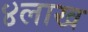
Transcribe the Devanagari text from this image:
४लाख